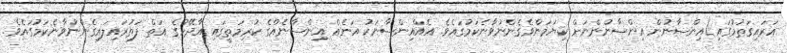
އަރައިގަތުމުގައި)އިންސާނުން އިންސާނުންނަށް ކިޔަމަންވެގެންނުވާނެކަމުގައެވެ. އެއްއިންސާނަކު އަނެއް އިންސާނެއްގެ ކުރިމަތީގައި އާދޭހުގެ އަތް ފަތުރައިލައިގެންނުވާނެކަމުގައެވެ.